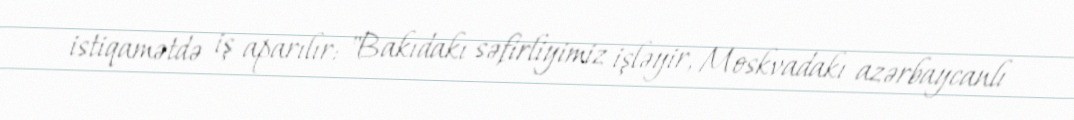
istiqamətdə iş aparılır: "Bakıdakı səfirliyimiz işləyir, Moskvadakı azərbaycanlı